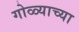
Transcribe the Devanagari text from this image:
गोळ्याच्या